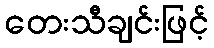
တေးသီချင်းဖြင့်